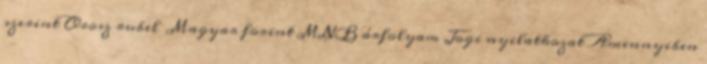
szerint Orosz rubel Magyar forint MNB árfolyam Jogi nyilatkozat Amennyiben